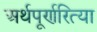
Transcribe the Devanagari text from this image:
अर्थपूर्णरित्या